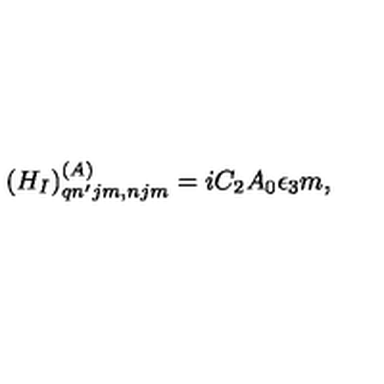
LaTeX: ( H _ { I } ) _ { q n ^ { \prime } j m , n j m } ^ { ( A ) } = i C _ { 2 } A _ { 0 } \epsilon _ { 3 } m ,